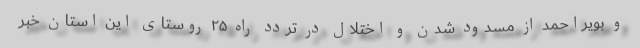
و بویراحمد از مسدود شدن و اختلال در تردد راه ۲۵ روستای این استان خبر